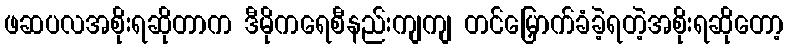
ဖဆပလအစိုးရဆိုတာက ဒီမိုကရေစီနည်းကျကျ တင်မြှောက်ခံခဲ့ရတဲ့အစိုးရဆိုတော့